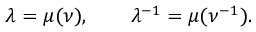
\lambda = \mu ( \nu ) , \qquad \lambda ^ { - 1 } = \mu ( \nu ^ { - 1 } ) .